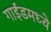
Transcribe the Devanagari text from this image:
गाईडमध्ये